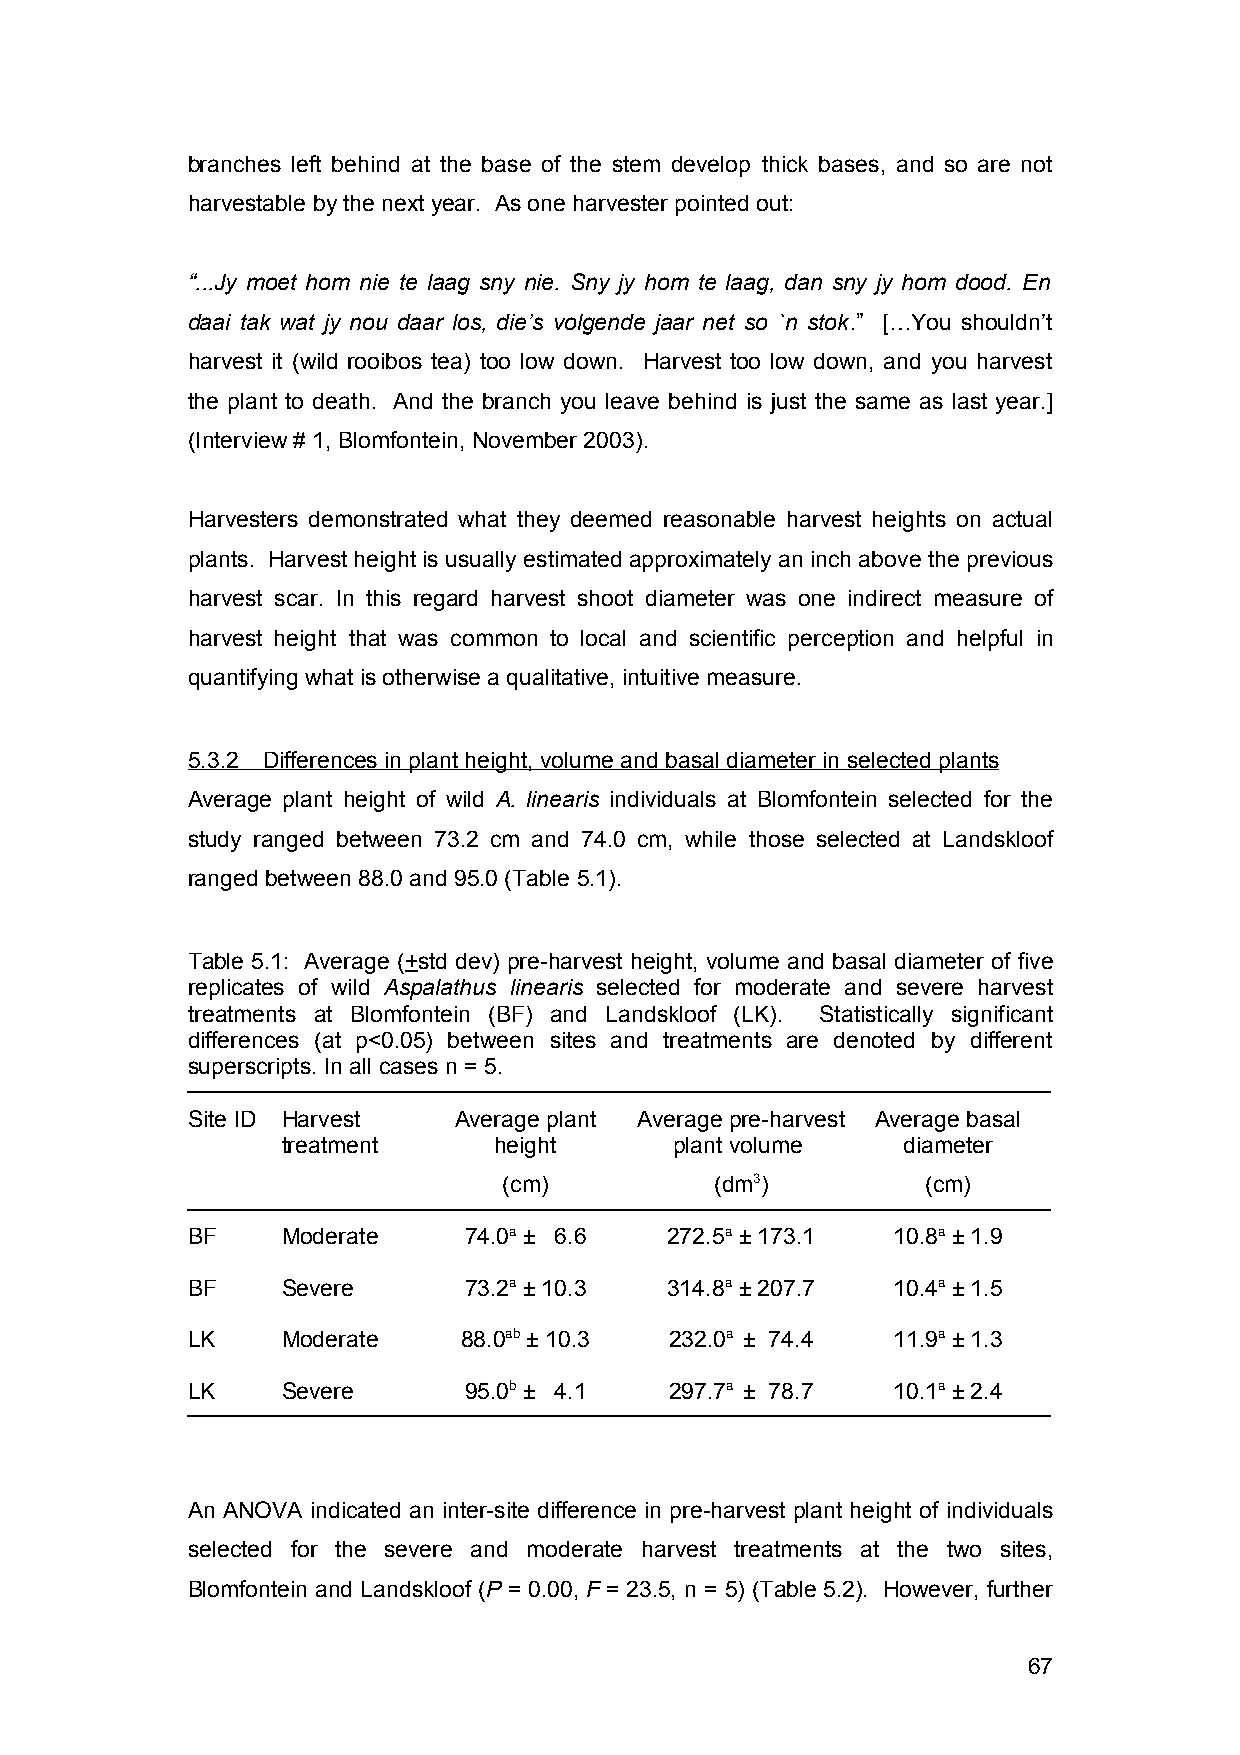
branches left behind at the base of the stem develop thick bases, and so are not
 harvestable by the next year. As one harvester pointed out:
 “...Jy moet hom nie te laag sny nie. Sny jy hom te laag, dan sny jy hom dood. En
 daai tak wat jy nou daar los, die’s volgende jaar net so `n stok.” […You shouldn’t
 harvest it (wild rooibos tea) too low down. Harvest too low down, and you harvest
 the plant to death. And the branch you leave behind is just the same as last year.]
 (Interview # 1, Blomfontein, November 2003).
 Harvesters demonstrated what they deemed reasonable harvest heights on actual
 plants. Harvest height is usually estimated approximately an inch above the previous
 harvest scar. In this regard harvest shoot diameter was one indirect measure of
 harvest height that was common to local and scientific perception and helpful in
 quantifying what is otherwise a qualitative, intuitive measure.
 5.3.2 Differences in plant height, volume and basal diameter in selected plants
 Average plant height of wild A. linearis individuals at Blomfontein selected for the
 study ranged between 73.2 cm and 74.0 cm, while those selected at Landskloof
 ranged between 88.0 and 95.0 (Table 5.1).
 Table 5.1: Average (+std dev) pre-harvest height, volume and basal diameter of five
 replicates of wild Aspalathus linearis selected for moderate and severe harvest
 treatments at Blomfontein (BF) and Landskloof (LK). Statistically significant
 differences (at p<0.05) between sites and treatments are denoted by different
 superscripts. In all cases n = 5.
 Site ID Harvest   Average plant Average pre-harvest Average basal
 treatment     height      plant volume   diameter
 (cm)          (dm3)         (cm)
 BF     Moderate    74.0a ± 6.6  272.5a ± 173.1 10.8a ± 1.9
 BF     Severe      73.2a ± 10.3 314.8a ± 207.7 10.4a ± 1.5
 LK     Moderate   88.0ab ± 10.3 232.0a ± 74.4  11.9a ± 1.3
 LK     Severe      95.0b ± 4.1  297.7a ± 78.7  10.1a ± 2.4
 An ANOVA indicated an inter-site difference in pre-harvest plant height of individuals
 selected for the severe and moderate harvest treatments at the two sites,
 Blomfontein and Landskloof (P = 0.00, F = 23.5, n = 5) (Table 5.2). However, further
 67